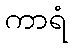
ကာရံ